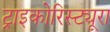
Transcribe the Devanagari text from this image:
ट्राइकोरिस्ट्यूरा